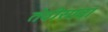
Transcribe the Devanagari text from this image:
तेवीसावा